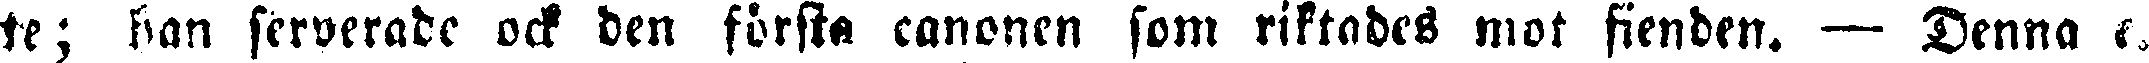
te; han serverade ock den första canonen som riktades mot fienden. — Denna e.